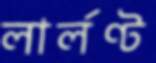
লার্লণ্ট